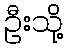
ဦးသို့